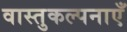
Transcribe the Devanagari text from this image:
वास्तुकल्पनाएँ